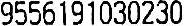
9556191030230